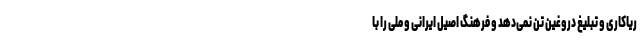
ریاکاری و تبلیغ دروغین تن نمی‌دهد و فرهنگ اصیل ایرانی و ملی را با